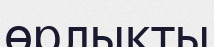
өрлықты